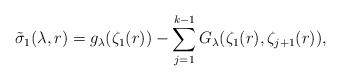
LaTeX: \begin{align*}\tilde \sigma_1(\lambda,r) = g_\lambda(\zeta_1(r)) - \sum_{j=1}^{k-1} G_\lambda(\zeta_1(r), \zeta_{j+1}(r)) ,\end{align*}